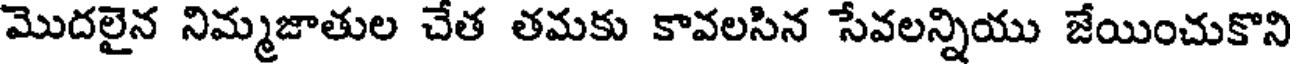
మొదలైన నిమ్మజాతుల చేత తమకు కావలసిన సేవలన్నియు జేయించుకొని